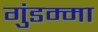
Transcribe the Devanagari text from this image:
गुंडम्मा